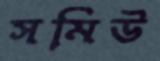
সমিউ